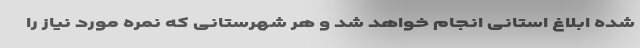
شده ابلاغ استانی انجام خواهد شد و هر شهرستانی که نمره مورد نیاز را